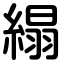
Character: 䌈